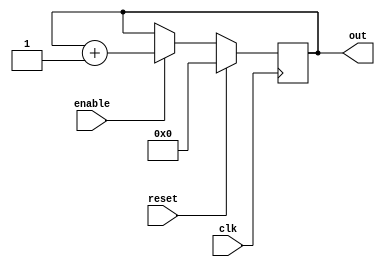
module counter(
    output reg [WIDTH-1 : 0] out,
    input clk, 
    input reset, 
    input enable
);

parameter WIDTH = 8;

always @(posedge clk) begin
    if (reset)
        out <= 0;
    else if (enable)
        out <= out + 1;
end

endmodule